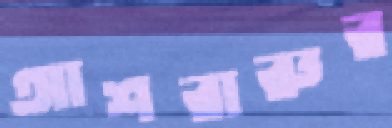
আশরারুর